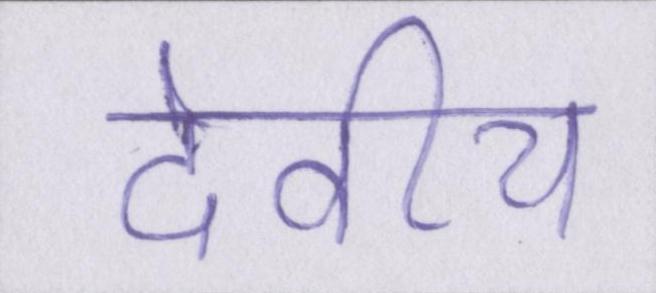
देवीय